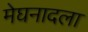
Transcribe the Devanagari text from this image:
मेघनादला